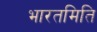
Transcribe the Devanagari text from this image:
भारतमिति